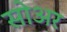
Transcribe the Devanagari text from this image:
सोअर